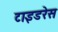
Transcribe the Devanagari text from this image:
टाइडरेस